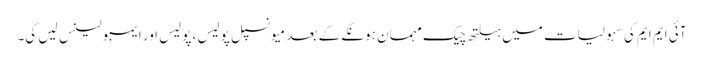
آئی ایم ایم کی سہولیات میں ہیلتھ چیک مہمان ہونگے کے بعد میونسپل پولیس ، پولیس اور ایمبولینس لیں گی۔